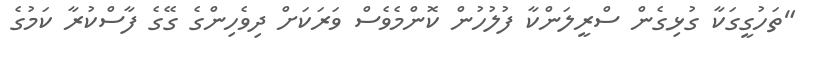
"ތަހުގީގަކާ ގުޅިގެން ސްރީލަންކާ ފުލުހުން ކޮންމެވެސް ވަރަކަށް ދިވެހިންގެ ގޭގެ ފާސްކުރާ ކަމުގެ